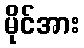
မိုင်အား